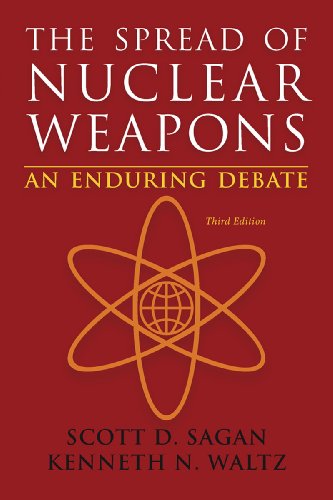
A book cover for The Spread of Nuclear Weapons: An Enduring Debate (Third Edition); Scott Douglas Sagan; History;